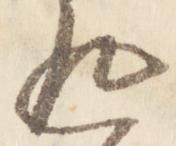
返